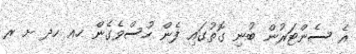
އެ ސެންޓަރުން ބުނި ގޮތުގައި ފެން ހުސްވެގެން ހއ ހދ ށ ރ